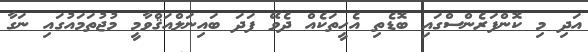
އަދި މި ކޮންފަރެންސްގައި ބޮޑެތި އެހީތަކެއް ދެވޭ ފަދަ ބައިނަލްއަޤްވާމީ މުޖުތަމައުގައި ނަގާ